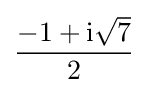
{\frac {-1+\mathrm {i} {\sqrt {7}}}{2}}